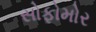
સોફોમોર